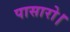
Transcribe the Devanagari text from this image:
पासारो।